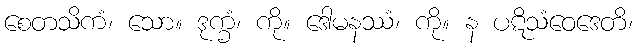
စေတသိကံ၊ သော။ ဒုက္ခံ၊ ကို။ ဒေါမနဿံ၊ ကို။ န ပဋိသံဝေဒေတိ၊